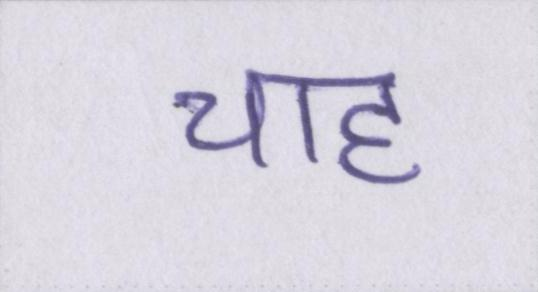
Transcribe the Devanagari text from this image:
चाह